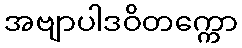
အဗျာပါဒဝိတက္ကော